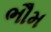
ભૌમ